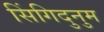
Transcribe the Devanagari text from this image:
सिंगिदुनुम